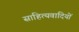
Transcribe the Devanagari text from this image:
साहित्यवादियों